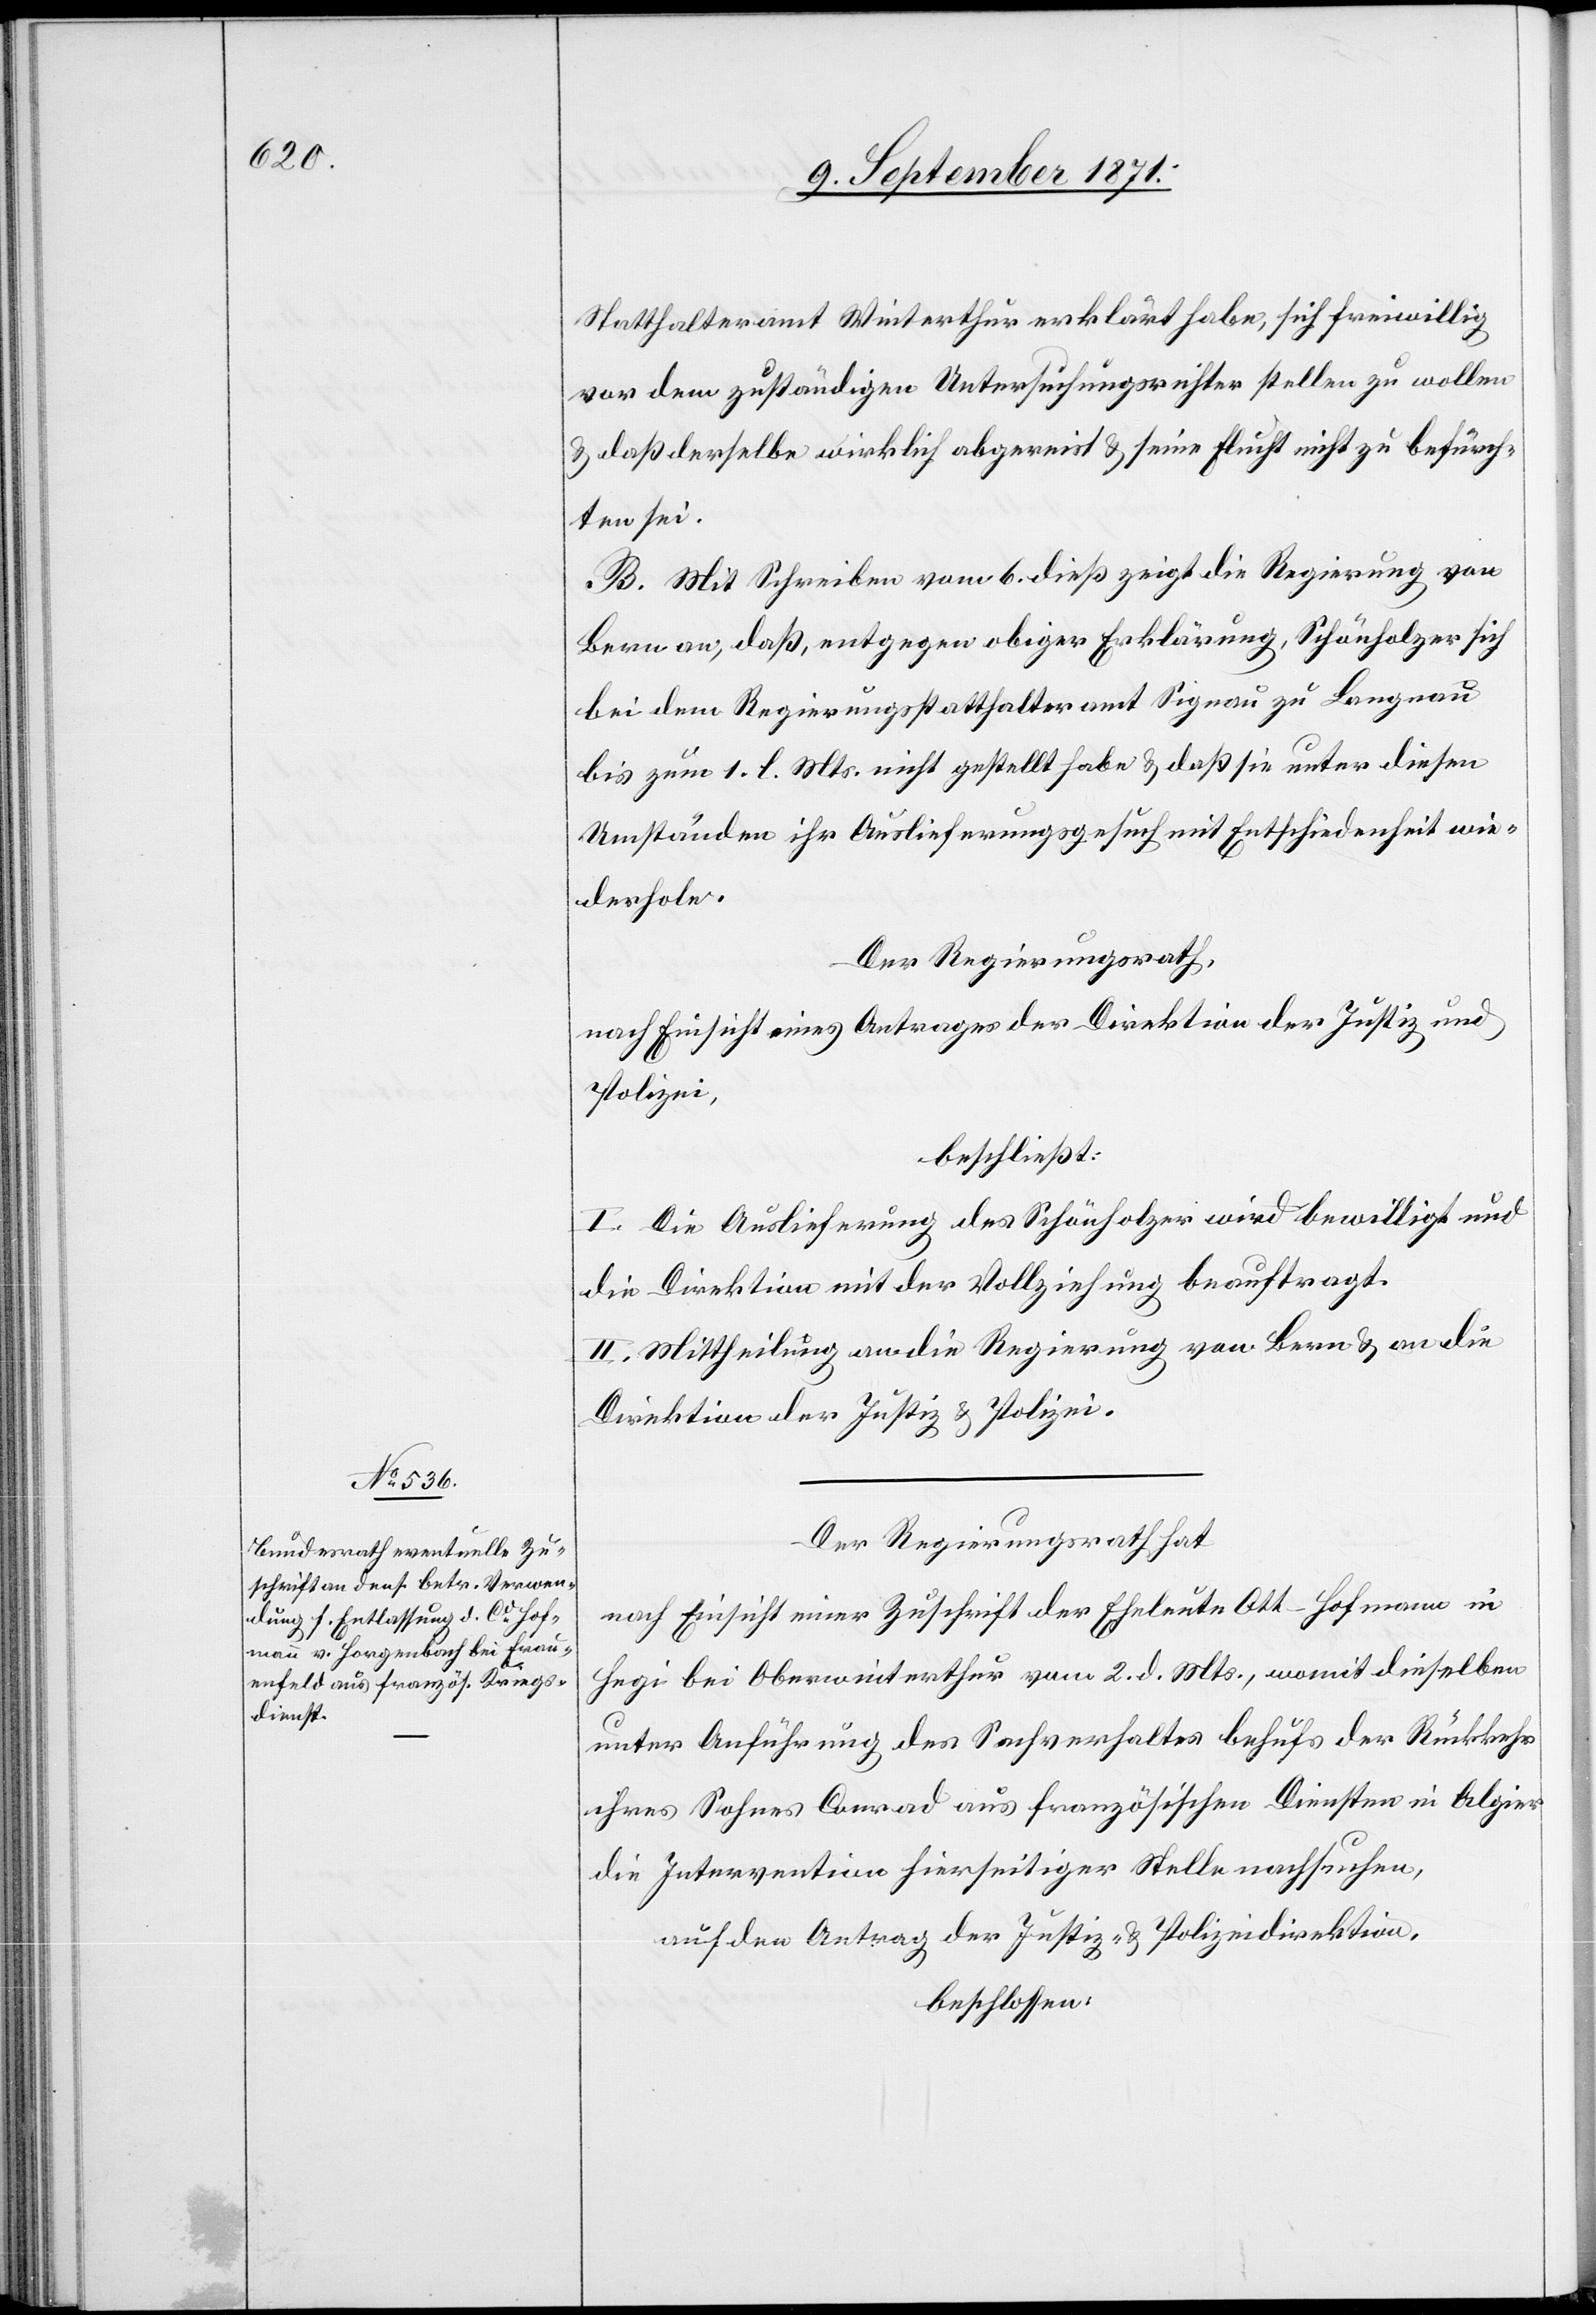
Statthalteramt Winterthur erklärt habe, sich freiwillig
vor dem zuständigen Untersuchungsrichter stellen zu wollen
& daß derselbe wirklich abgereist & seine Flucht nicht zu befürch¬
ten sei.
B. Mit Schreiben vom 6. dieß zeigt die Regierung von
Bern an, daß entgegen obiger Erklärung, Schönholzer sich
bei dem Regierungsstatthalteramt Signau zu Langnau
bis zum 1. l. Mts. nicht gestellt habe & daß sie unter diesen
Umständen ihr Auslieferungsgesuch mit Entschiedenheit wie¬
derhole.
Der Regierungsrath,
nach Einsicht eines Antrages der Direktion der Justiz und
Polizei,
beschließt:
I. Die Auslieferung des Schönholzer wird bewilligt und
die Direktion mit der Vollziehung beauftragt.
II. Mittheilung an die Regierung von Bern & an die
Direktion der Justiz & Polizei.
Der Regierungsrath hat
nach Einsicht einer Zuschrift der Eheleute Ott-Hofmann in
Hegi bei Oberwinterthur vom 2. d. Mts., womit dieselben
unter Anführung des Sachverhaltes behufs der Rückkehr
ihres Sohnes Conrad aus französischen Diensten in Algier
die Intervention hierseitiger Stelle nachsuchen,
auf den Antrag der Justiz- & Polizeidirektion
beschlossen: